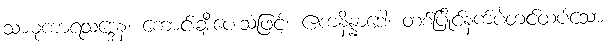
သာဓုကာရသဒ္ဒေန၊ ကောင်းချီးပေးသံဖြင့်။ ဧကနိန္နာဒေါ၊ တစ်ပြိုင်နက်ပဲ့တင်ထပ်သော